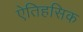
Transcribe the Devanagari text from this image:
एेतिहसिक